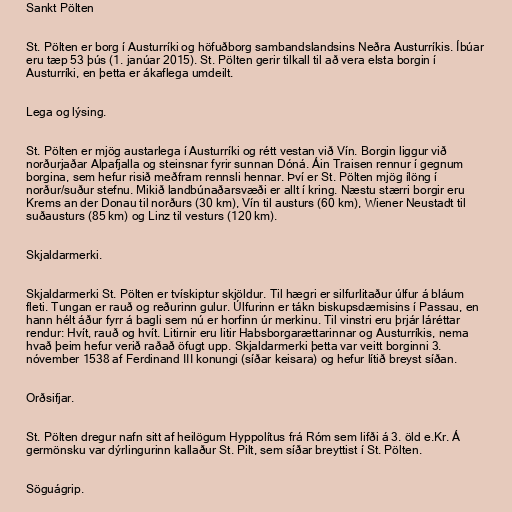
Sankt Pölten

St. Pölten er borg í Austurríki og höfuðborg sambandslandsins Neðra Austurríkis. Íbúar
eru tæp 53 þús (1. janúar 2015). St. Pölten gerir tilkall til að vera elsta borgin í
Austurríki, en þetta er ákaflega umdeilt.

Lega og lýsing.

St. Pölten er mjög austarlega í Austurríki og rétt vestan við Vín. Borgin liggur við
norðurjaðar Alpafjalla og steinsnar fyrir sunnan Dóná. Áin Traisen rennur í gegnum
borgina, sem hefur risið meðfram rennsli hennar. Því er St. Pölten mjög ílöng í
norður/suður stefnu. Mikið landbúnaðarsvæði er allt í kring. Næstu stærri borgir eru
Krems an der Donau til norðurs (30 km), Vín til austurs (60 km), Wiener Neustadt til
suðausturs (85 km) og Linz til vesturs (120 km).

Skjaldarmerki.

Skjaldarmerki St. Pölten er tvískiptur skjöldur. Til hægri er silfurlitaður úlfur á bláum
fleti. Tungan er rauð og reðurinn gulur. Úlfurinn er tákn biskupsdæmisins í Passau, en
hann hélt áður fyrr á bagli sem nú er horfinn úr merkinu. Til vinstri eru þrjár láréttar
rendur: Hvít, rauð og hvít. Litirnir eru litir Habsborgarættarinnar og Austurríkis, nema
hvað þeim hefur verið raðað öfugt upp. Skjaldarmerki þetta var veitt borginni 3.
nóvember 1538 af Ferdinand III konungi (síðar keisara) og hefur lítið breyst síðan.

Orðsifjar.

St. Pölten dregur nafn sitt af heilögum Hyppolítus frá Róm sem lifði á 3. öld e.Kr. Á
germönsku var dýrlingurinn kallaður St. Pilt, sem síðar breyttist í St. Pölten.

Söguágrip.